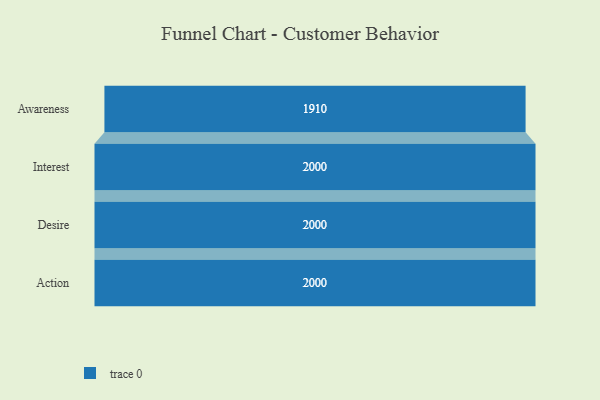
{"axis": {"x": "Stage", "y": "Value"}, "legend": [""], "data": [{"x": "Awareness", "y": 1910.0, "type": ""}, {"x": "Interest", "y": 2000, "type": ""}, {"x": "Desire", "y": 2000, "type": ""}, {"x": "Action", "y": 2000, "type": ""}]}